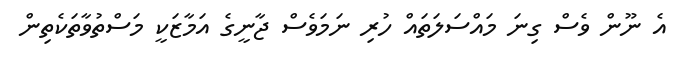
އެ ނޫން ވެސް ގިނަ މައްސަލަތައް ހުރި ނަމަވެސް ޖާނީގެ އަމާޒަކީ މަސްތުވާތަކެތިން